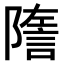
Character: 𧨧